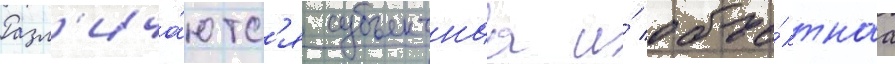
Разл'ича́ютс'я субъектнаа и́ объе́ктнаа